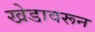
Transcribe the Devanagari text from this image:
खेडावरून